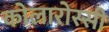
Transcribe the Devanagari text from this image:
कोलारोस्सी